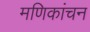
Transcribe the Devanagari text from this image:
मणिकांचन